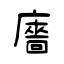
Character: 廧